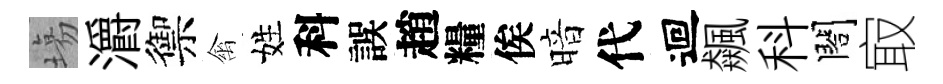
塲灂禦禽姓科誤趙糧俟暗代迴飆科閤㝡